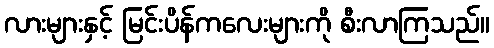
လားများနှင့် မြင်းပိန်ကလေးများကို စီးလာကြသည်။